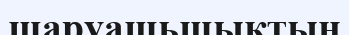
шаруашьшықтың